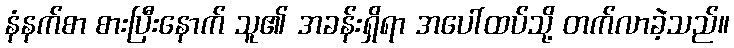
နံနက်စာ စားပြီးနောက် သူ၏ အခန်းရှိရာ အပေါ်ထပ်သို့ တက်လာခဲ့သည်။